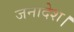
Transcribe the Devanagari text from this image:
जनादेश।